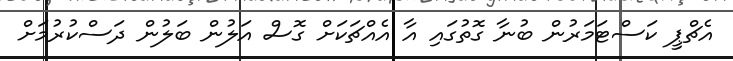
އެޗްޕީ ކަސްޓަމަރުން ބުނާ ގޮތުގައި އާ އެއްޗަކަށް ގޮސް އަލުން ބަލުން ދަސްކުރުމަށް